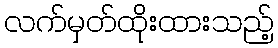
လက်မှတ်ထိုးထားသည့်